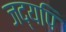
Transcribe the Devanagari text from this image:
जद्यपि